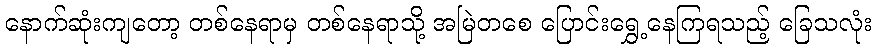
နောက်ဆုံးကျတော့ တစ်နေရာမှ တစ်နေရာသို့ အမြဲတစေ ပြောင်းရွှေ့နေကြရသည့် ခြေသလုံး